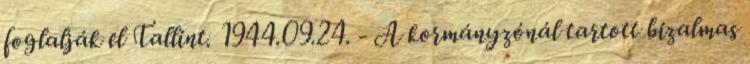
foglalják el Tallint. 1944.09.24. - A kormányzónál tartott bizalmas